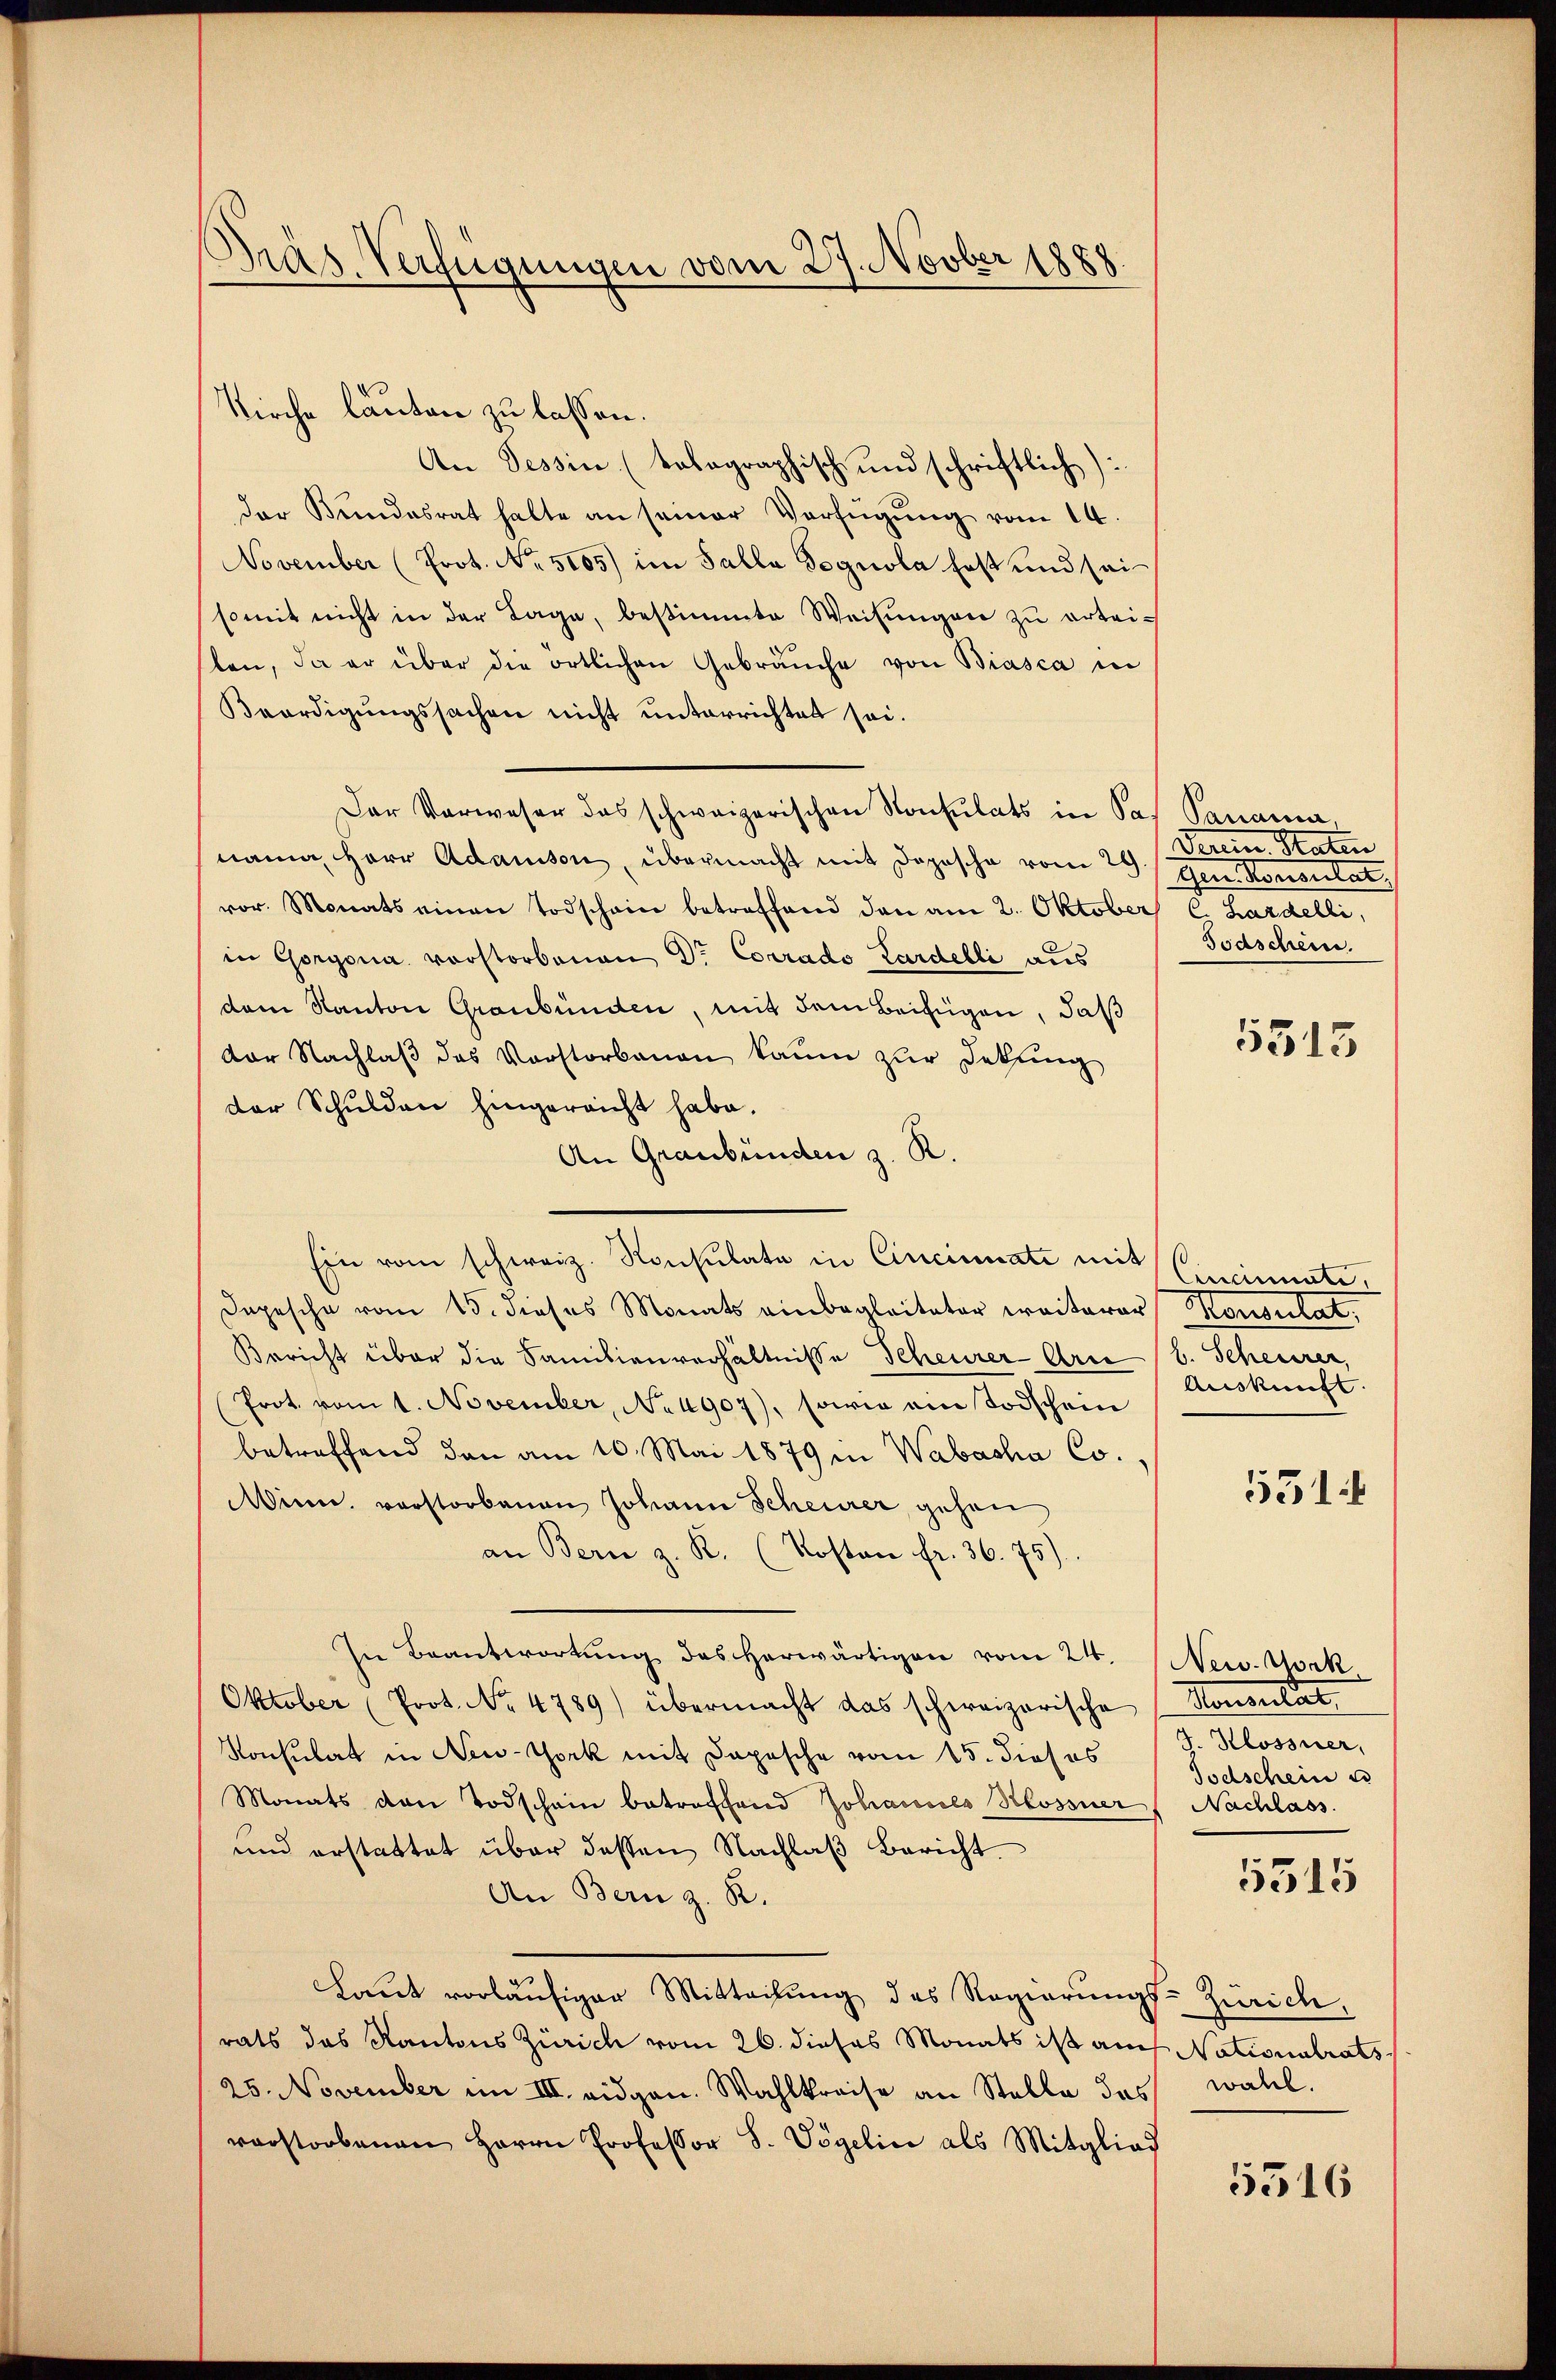
Gras Verfügungen vom 27. Novber 1888.

Kirche lauten zu lassen.
An Tessin (tolographisch und schriftlich)
der Bundesrat hatte an seiner Verfügung vom 14.
November (Prot. No. 5105) im Salla Sognola fest und sei
somit nicht in der Tage, bestimmte Weisungen zu erteilen, da er über die örtlichen Gebräuche von Biasca in
Beerdigungssachen nicht unterrichtet sei.
Der Verweser das schweizerischen Konsulats in Saf Panama,
nama Herr Adamson, übermacht mit Dopische vom 29. Gen. Konsulat,
vor. Monats einen Todschein betreffend den am 2. Oktober C. Hardelli,
in Gorgona vorstorbenen Dr. Corrado Lardelli aus
dem Kanton Graubünden, mit dem Beifügen, daß
dor Nachlaβ des Vorstorbenen kaum zur Detting
der Schulden hingereicht habe.
An Graubünden z. R.
Ein vom schweiz. Konsulate in Cincinati mit Cincinate
Dopesche vom 15. dieses Monats einbegleiteter weiterer Konsulat,
Bericht über die Samilienverhältnisse Scheurer-Arre (s. Scheurer,
Prot. vom 1. November, No 4907), sowie ein Todschein
betreffend den am 10. Mai 1879 in Wabacha Co.,
Minn, verstorbenen Johann Scheurer gehen
an Bern z. R. (Kosten fr. 36. 75)
Die Beantwortung des herwärtigen vom 24. New. Vork
Oktober (Prot. No. 4789) übermacht das schweizerische Konsulat,
Konsulat in New-York mit Depesche vom 15. dieses
Monats den Todschain betroffend Johannes Hossner
und erstattet über dessen Nachlaβ Bericht.
An Bern z. R.
Laŭt vorläŭfiger Mitteilŭng des Regierŭngs-Zürich,
rats das Kantons Zürich vom 26. dieses Monats ist auch Nationalrats
25. November im III. eidgen. Wahlkreise an Stelle des wahl.
verstorbenen Herrn Professor S. Vögelin als Mitglied

denen Raten
Joaschein.

5313

Auskunft.

531

J Klossner,
Todschein u
Nachlass

5515

5316